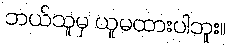
ဘယ်သူမှ ယူမထားပါဘူး။